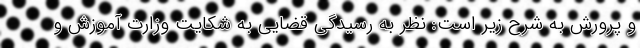
و پرورش به شرح زیر است: نظر به رسیدگی قضایی به شکایت وزارت آموزش و